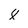
Character: 8